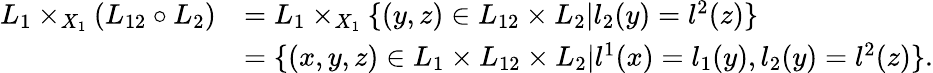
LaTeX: \begin{array}{rl}{L_{1}\times_{X_{1}}(L_{12}\circ L_{2})}&{=L_{1}\times_{X_{1}}\{ (y,z)\in L_{12}\times L_{2}|l_{2}(y)=l^{2}(z)\} }\\ &{=\{ (x,y,z)\in L_{1}\times L_{12}\times L_{2}|l^{1}(x)=l_{1}(y),l_{2}(y)=l^{2}(z)\} .}\end{array}